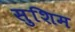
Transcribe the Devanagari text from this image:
सुशिम